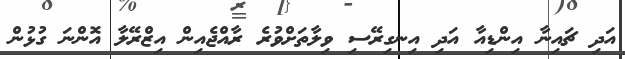
އަދި ޗައިނާ އިންޑިއާ އަދި އިނގިރޭސި ވިލާތަށްވުރެ ރާއްޖެއިން އިޒްރޭލާ އޮންނަ ގުޅުން